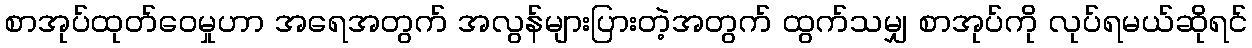
စာအုပ်ထုတ်ဝေမှုဟာ အရေအတွက် အလွန်များပြားတဲ့အတွက် ထွက်သမျှ စာအုပ်ကို လုပ်ရမယ်ဆိုရင်